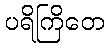
ပရိကြိတေ